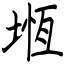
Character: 堩